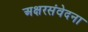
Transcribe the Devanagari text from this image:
अक्षरसंवेदना